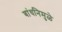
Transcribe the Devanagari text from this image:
बांधनिमुळे